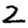
Digit: 2